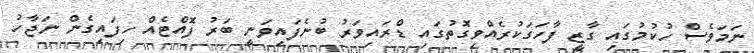
ނަމަވެސް ހުކުމުގައި ގާޒީ ފާހަގަކުރެއްވިގޮތުގައި ޑްރައިވަރު ބުނެފައިވަނީ ބަރު ފޮއްޓެއް ހިފައިގެން ނަޖާހު